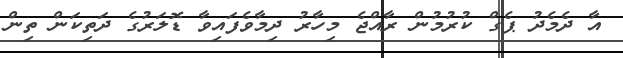
އާ ދެމެދު ޕެގް ކުރުމުން ރާއްޖެ މިހާރު ދިމާވެފައިވާ ޑޮލަރުގެ ދަތިކަން ތިން